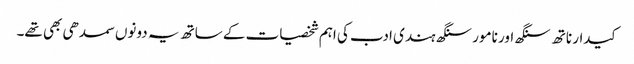
کیدار ناتھ سنگھ اور نامور سنگھ ہندی ادب کی اہم شخصیات کے ساتھ یہ دونوں سمدھی بھی تھے۔